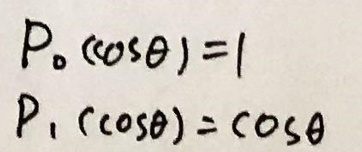
\[
\begin{align*}
P_0(\cos\theta) &= 1\\
P_1(\cos\theta) &= \cos\theta
\end{align*}
\]